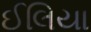
ઈલિયા